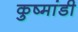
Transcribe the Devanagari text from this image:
कुष्मांडी